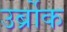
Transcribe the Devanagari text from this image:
उर्ब्रोक